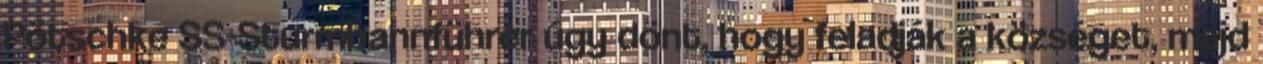
Pötschke SS-Sturmbannführer úgy dönt, hogy feladják a községet, majd